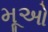
મૂઓ